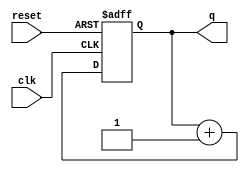
module async_reset_example (
    input wire clk,          // Clock signal
    input wire reset,        // Asynchronous reset signal
    output reg [7:0] q       // Output state signal (8-bit example)
);

// Initial state value (for simulation purposes)
initial begin
    q = 8'b0; // Reset value
end

// Behavioral modeling with asynchronous reset
always @(posedge clk or posedge reset) begin
    if (reset) begin
        q <= 8'b0; // Assign reset value when reset is asserted
    end else begin
        // Normal operation: Update state/output (example state transition)
        // Insert your state transition logic here
        // For illustration, let's just increment the state
        q <= q + 1; // Example logic; modify as needed
    end
end

endmodule